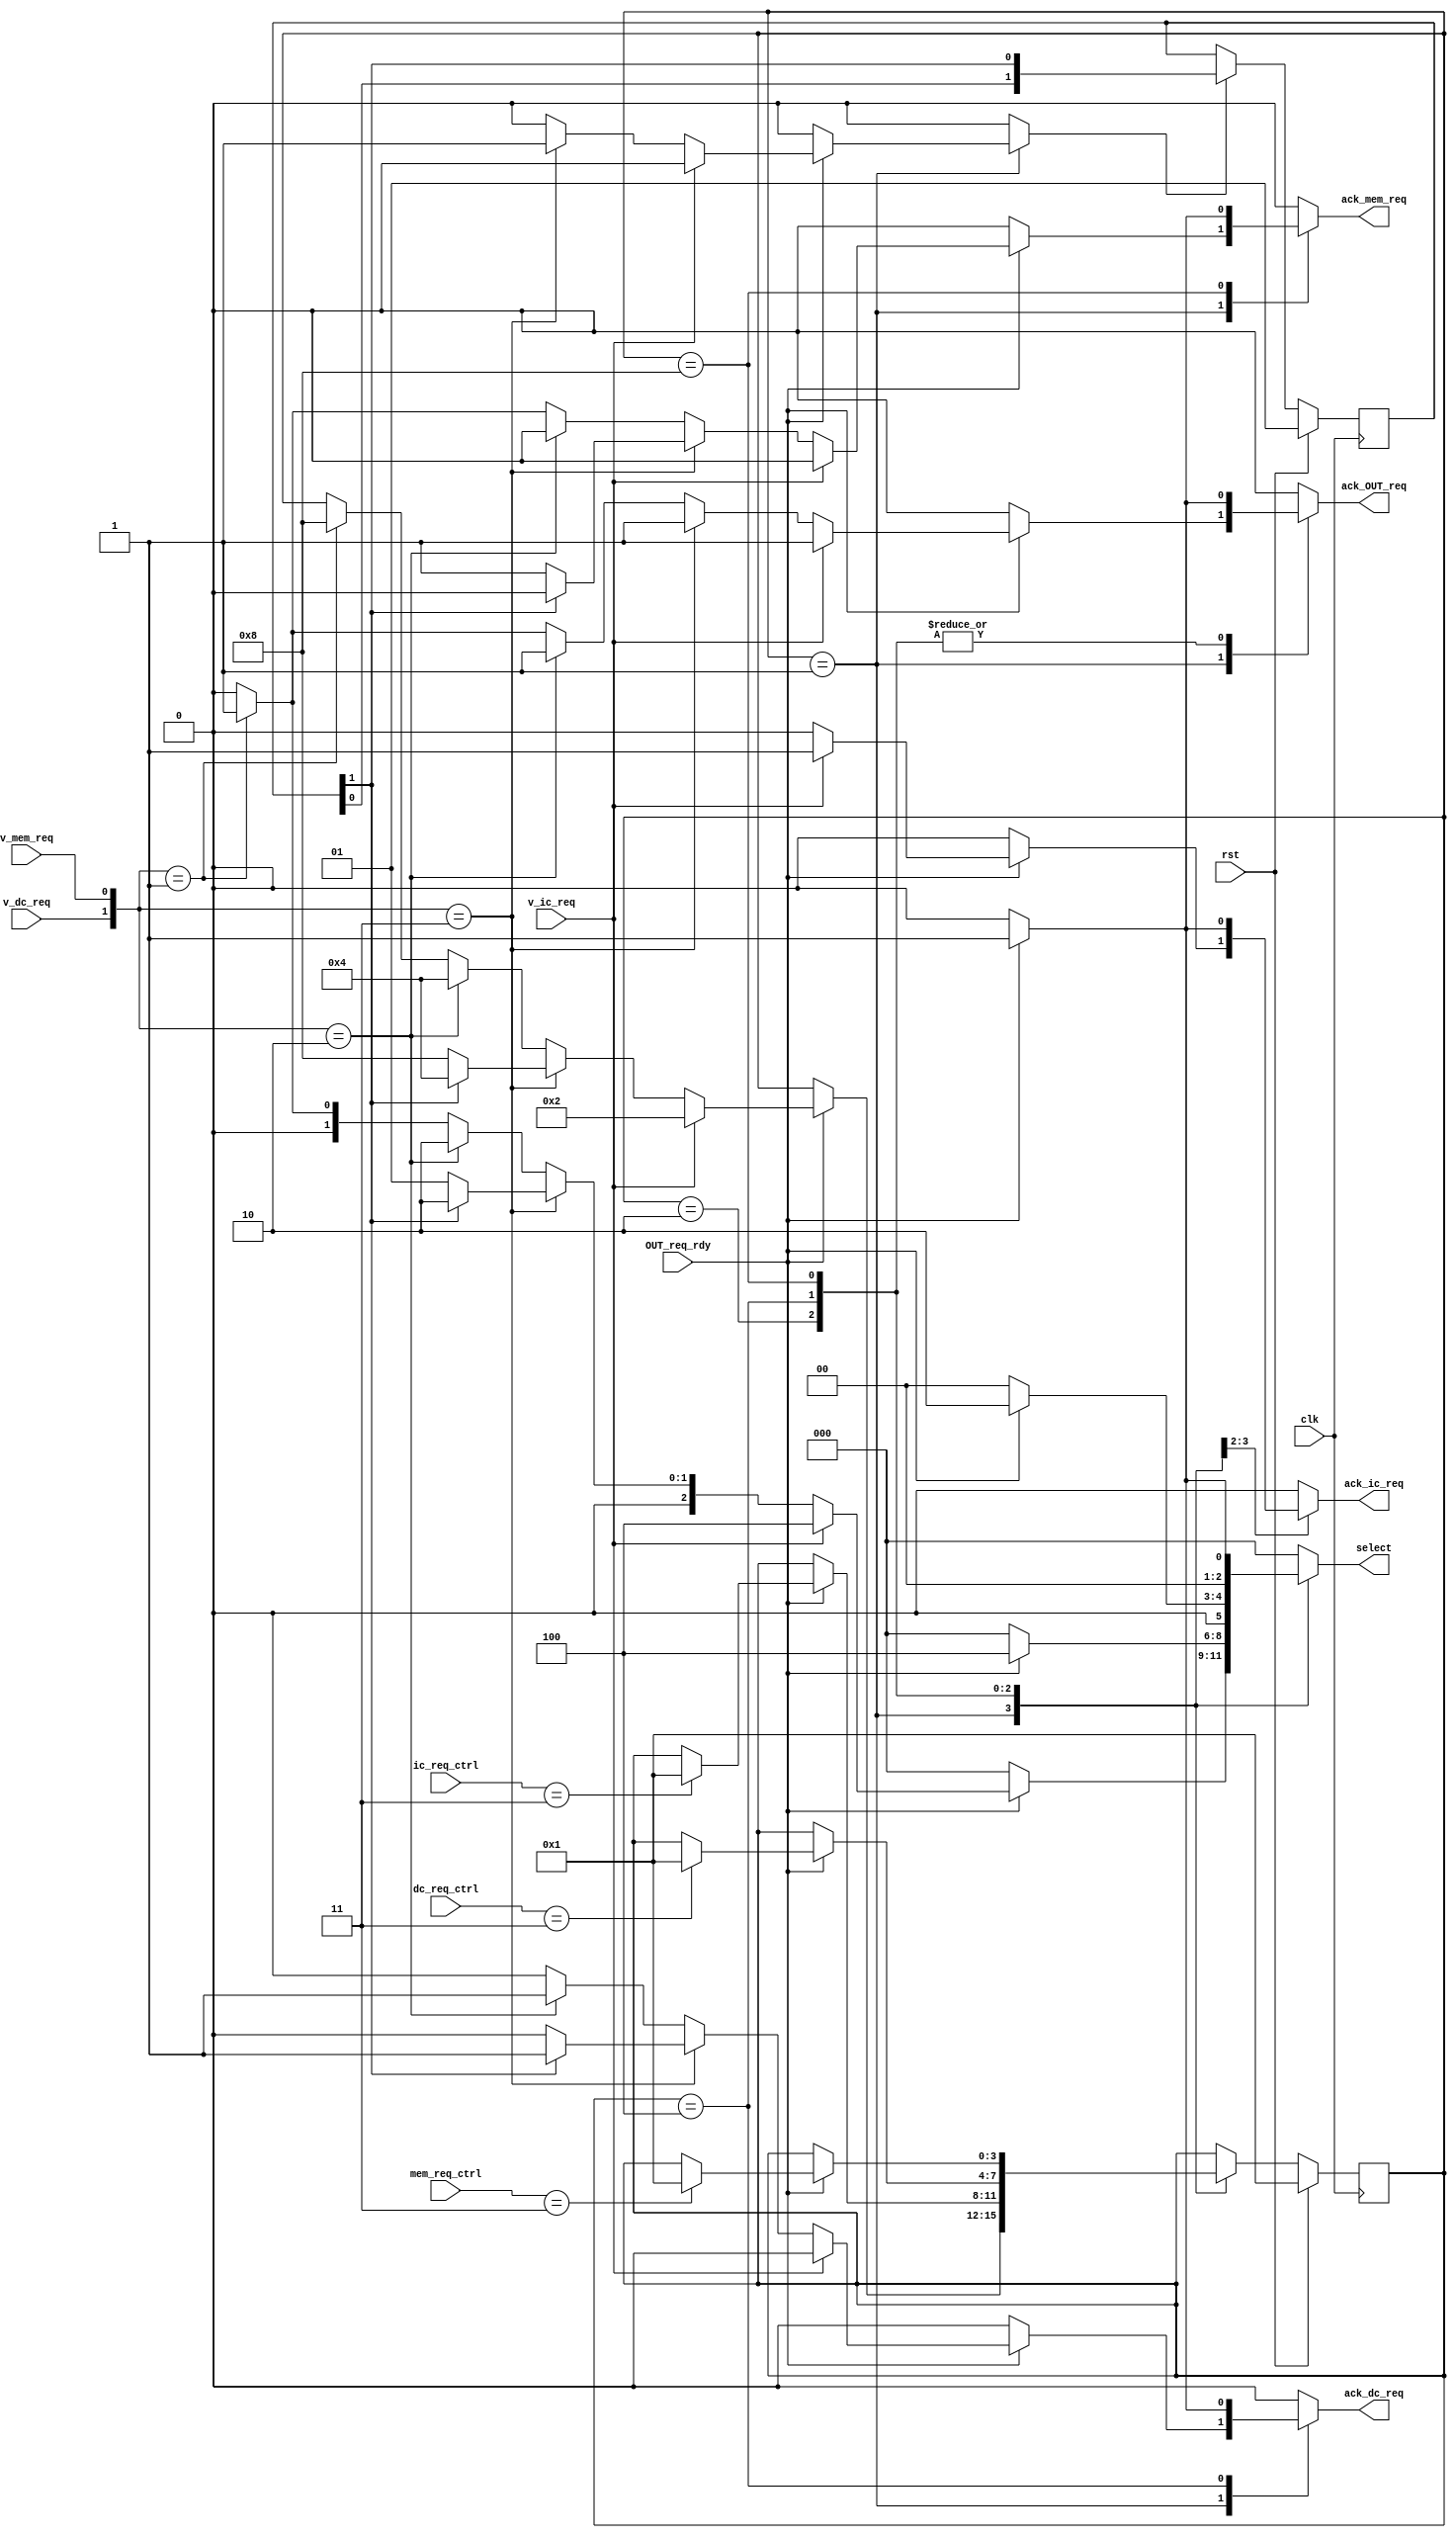
module    arbiter_for_OUT_req(
                               clk,
                               rst,
                               OUT_req_rdy,
                               v_ic_req,
                               v_dc_req,
                               v_mem_req,
                               ic_req_ctrl,
                               dc_req_ctrl,
                               mem_req_ctrl,
                               ack_OUT_req,
                               ack_ic_req,
                               ack_dc_req,
                               ack_mem_req,
                               select
                               );
input                               clk;
input                               rst;
input                               OUT_req_rdy;
input                               v_ic_req;
input                               v_dc_req;
input                               v_mem_req;
input     [1:0]                     ic_req_ctrl;
input     [1:0]                     dc_req_ctrl;
input     [1:0]                     mem_req_ctrl;
output                               ack_OUT_req;
output                               ack_ic_req;
output                               ack_dc_req;
output                               ack_mem_req;
output   [2:0]                       select; 
parameter         arbiter_idle=4'b0001;
parameter         ic_uploading=4'b0010;
parameter         dc_uploading=4'b0100;
parameter         mem_uploading=4'b1000;
reg [3:0] nstate;
reg [3:0] state;
reg [1:0] priority_2;
reg       ack_ic_req;
reg       ack_dc_req;
reg       ack_mem_req;
reg [2:0] select;
reg       ack_OUT_req;
reg       update_priority;
wire [2:0] arbiter_vector;
assign  arbiter_vector={v_ic_req,v_dc_req,v_mem_req};
always@(*)
begin
  ack_ic_req=1'b0;
  ack_dc_req=1'b0;
  ack_mem_req=1'b0;
  select=3'b000;
  ack_OUT_req=1'b0;
  nstate=state;
  update_priority=1'b0;
  case(state)
    arbiter_idle:
      begin
        if(OUT_req_rdy)
        begin
        if(arbiter_vector[2]==1'b1)
          begin
            ack_ic_req=1'b1;
            select=3'b100;
            nstate=ic_uploading;
            ack_OUT_req=1'b1;
          end
        else
          begin
            if(arbiter_vector[1:0]==2'b11)
            begin
                update_priority=1'b1;
              begin
                if(priority_2[1]==1'b1)
                  begin
                    ack_dc_req=1'b1;
                    select=3'b010;
                    nstate=dc_uploading;
                    ack_OUT_req=1'b1;
                  end
                else
                  begin
                    ack_mem_req=1'b1;
                    select=3'b001;
                    nstate=mem_uploading;
                    ack_OUT_req=1'b1;
                  end        
              end
            end
            else if(arbiter_vector[1:0]==2'b10)
              begin
                ack_dc_req=1'b1;
                select=3'b010;
                nstate=dc_uploading;
                ack_OUT_req=1'b1;
              end
            else if(arbiter_vector[1:0]==2'b01)
              begin
                ack_mem_req=1'b1;
                select=3'b001;
                nstate=mem_uploading;
                ack_OUT_req=1'b1;
              end  
          end 
        end
      end
    ic_uploading:
      begin 
        if(OUT_req_rdy)
          begin
            if(ic_req_ctrl==2'b11)
              nstate=arbiter_idle;
            ack_ic_req=1'b1;
            select=3'b100;
            ack_OUT_req=1'b1;
          end
      end
    dc_uploading:
      begin 
        if(OUT_req_rdy)
          begin
            if(dc_req_ctrl==2'b11)
              nstate=arbiter_idle;
            ack_dc_req=1'b1;
            select=3'b010;
            ack_OUT_req=1'b1; 
          end
      end
    mem_uploading:
      begin 
        if(OUT_req_rdy)
          begin
            if(mem_req_ctrl==2'b11)
              nstate=arbiter_idle;
            ack_mem_req=1'b1;
            select=3'b001;
            ack_OUT_req=1'b1;
          end
      end
    endcase
end
always@(posedge clk)
begin
  if(rst)
    state<=4'b0001;
  else
    state<=nstate;
end
always@(posedge clk)
begin
  if(rst)
    priority_2<=2'b01;
  else if(update_priority)
    priority_2<={priority_2[0],priority_2[1]};
end
endmodule